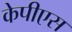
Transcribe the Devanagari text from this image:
केपीएस